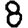
Digit: 8